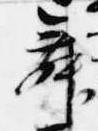
舞